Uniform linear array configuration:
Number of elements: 24
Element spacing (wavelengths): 0.25
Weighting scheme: uniform
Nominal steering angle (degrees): -15
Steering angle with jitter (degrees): -16.427
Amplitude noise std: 0.05
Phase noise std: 0.05

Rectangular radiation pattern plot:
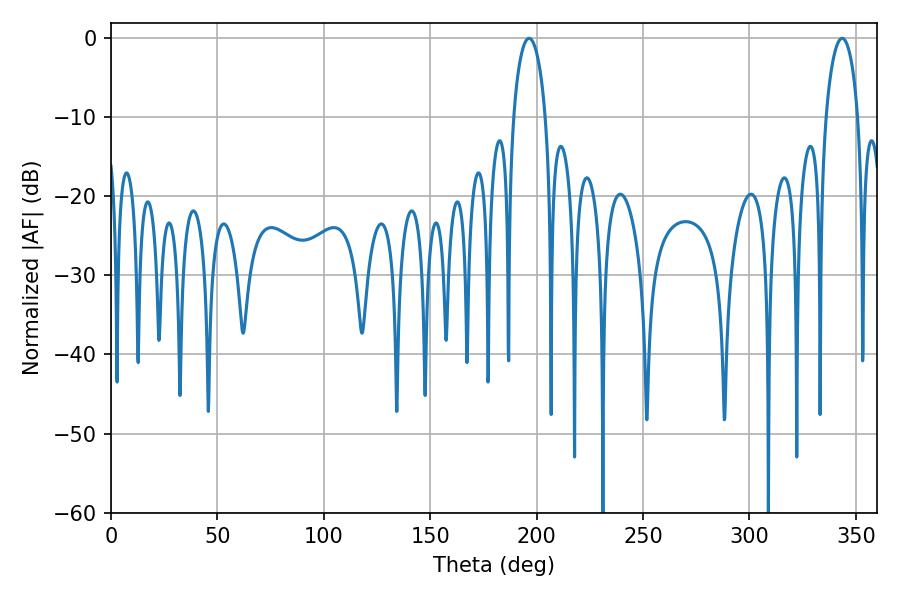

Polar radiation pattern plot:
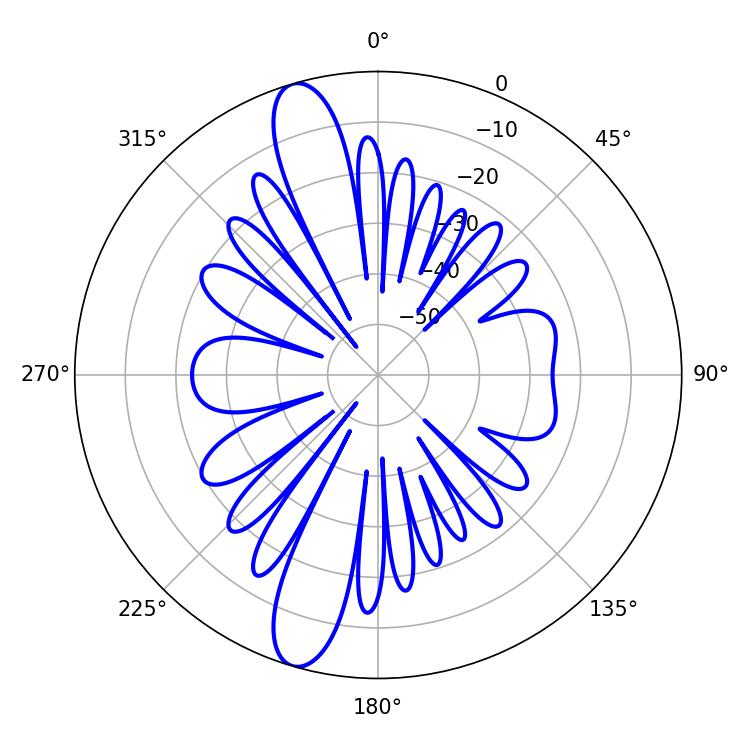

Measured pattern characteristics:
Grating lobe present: FALSE
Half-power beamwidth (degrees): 8.64
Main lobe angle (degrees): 196.38